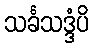
သင်္ခသဒ္ဒံပိ